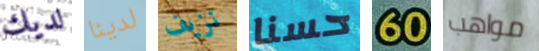
لديك لدينا نزيف حسنا 60 مواهب